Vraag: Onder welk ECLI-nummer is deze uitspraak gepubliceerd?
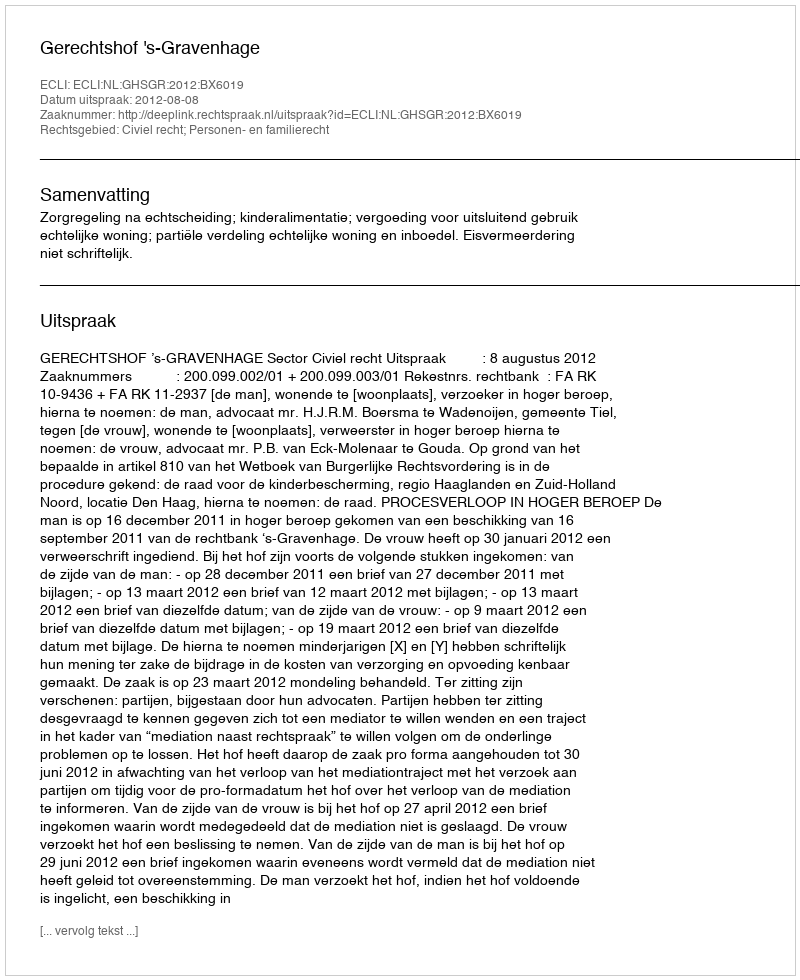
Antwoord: ECLI:NL:GHSGR:2012:BX6019